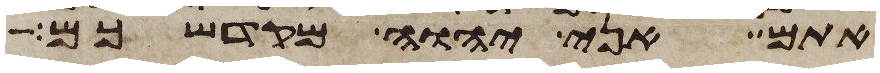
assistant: אתם אני יהוה מקדשכם